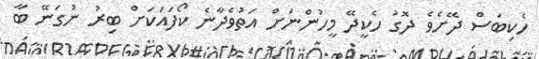
ހެކިބަސް ދޭށެވެ ދޮގު ހެކީދޭ މީހުންނަށް އަތުވެދާނެ ކޯފައަކަށް ބިރު ނުގަނޭ ބާ